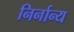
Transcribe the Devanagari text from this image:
निर्नान्य